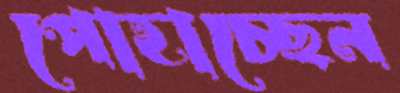
পোহাচ্ছেন